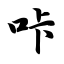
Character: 咔